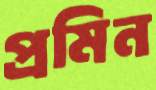
প্রমিন